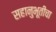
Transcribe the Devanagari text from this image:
सहानुभूतीचा